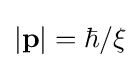
{\textstyle |\mathbf {p} |=\hbar /\xi }